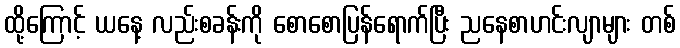
ထို့ကြောင့် ယနေ့ လည်းစခန်းကို စောစောပြန်ရောက်ပြီး ညနေစာဟင်းလျာများ တစ်